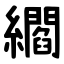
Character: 䌪